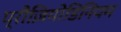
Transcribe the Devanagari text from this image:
प्रौज़ियोडिनियम